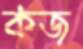
কজ